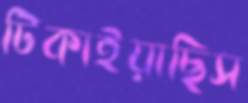
টিকাইয়াছিস